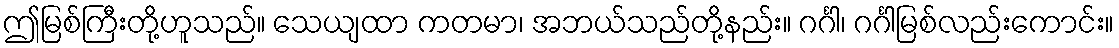
ဤမြစ်ကြီးတို့ဟူသည်။ သေယျထာ ကတမာ၊ အဘယ်သည်တို့နည်း။ ဂင်္ဂါ၊ ဂင်္ဂါမြစ်လည်းကောင်း။